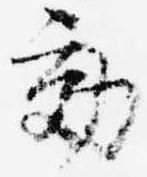
効